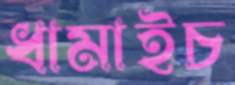
ধামাইচ